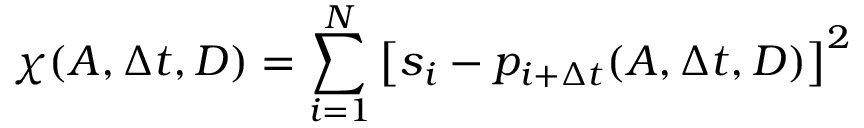
\chi ( A , \Delta t , D ) = \sum _ { i = 1 } ^ { N } \left[ s _ { i } - p _ { i + \Delta t } ( A , \Delta t , D ) \right] ^ { 2 }